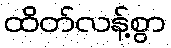
ထိတ်လန့်စွာ